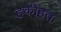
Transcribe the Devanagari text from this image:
हकीहत